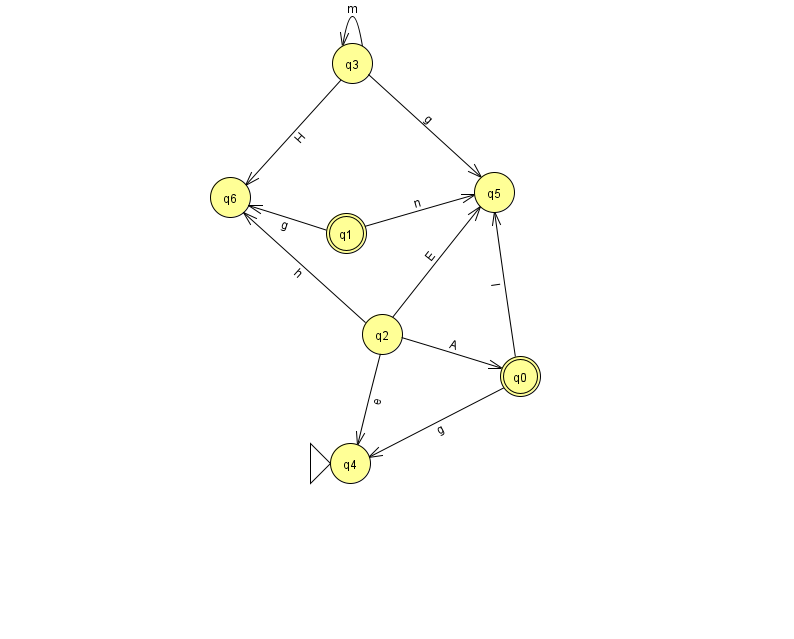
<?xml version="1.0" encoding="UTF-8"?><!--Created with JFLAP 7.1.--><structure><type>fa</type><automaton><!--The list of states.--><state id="0" name="q0"><x>520.0</x><y>363.0</y><final/></state><state id="1" name="q1"><x>346.0</x><y>220.0</y><final/></state><state id="2" name="q2"><x>382.0</x><y>321.0</y></state><state id="3" name="q3"><x>352.0</x><y>50.0</y></state><state id="4" name="q4"><x>350.0</x><y>450.0</y><initial/></state><state id="5" name="q5"><x>494.0</x><y>179.0</y></state><state id="6" name="q6"><x>230.0</x><y>184.0</y></state><!--The list of transitions.--><transition><from>0</from><to>4</to><read>g</read></transition><transition><from>2</from><to>5</to><read>E</read></transition><transition><from>1</from><to>5</to><read>n</read></transition><transition><from>0</from><to>5</to><read>l</read></transition><transition><from>3</from><to>6</to><read>H</read></transition><transition><from>1</from><to>6</to><read>g</read></transition><transition><from>2</from><to>6</to><read>h</read></transition><transition><from>2</from><to>4</to><read>e</read></transition><transition><from>3</from><to>5</to><read>g</read></transition><transition><from>3</from><to>3</to><read>m</read></transition><transition><from>2</from><to>0</to><read>A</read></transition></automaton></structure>